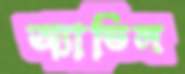
অ্যাভিল